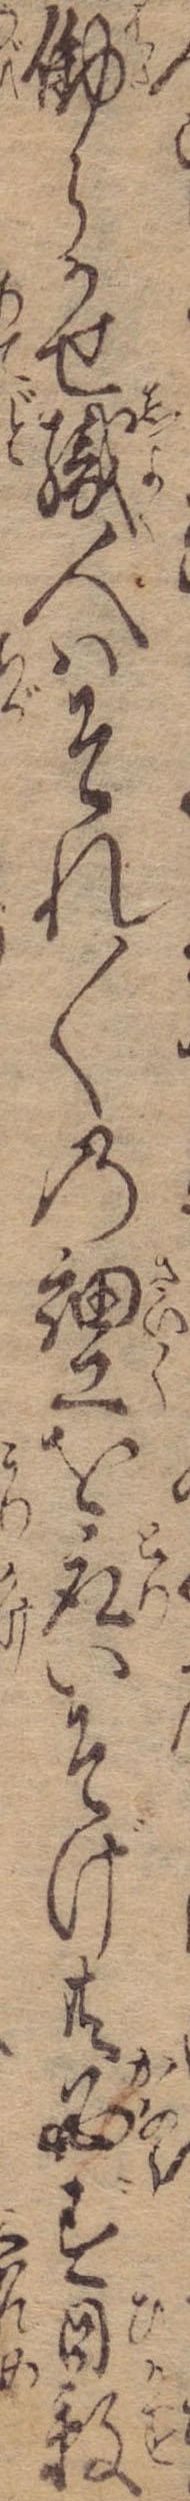
働らかせ職人はそれ〱の細工を取いそげ共必ず日数